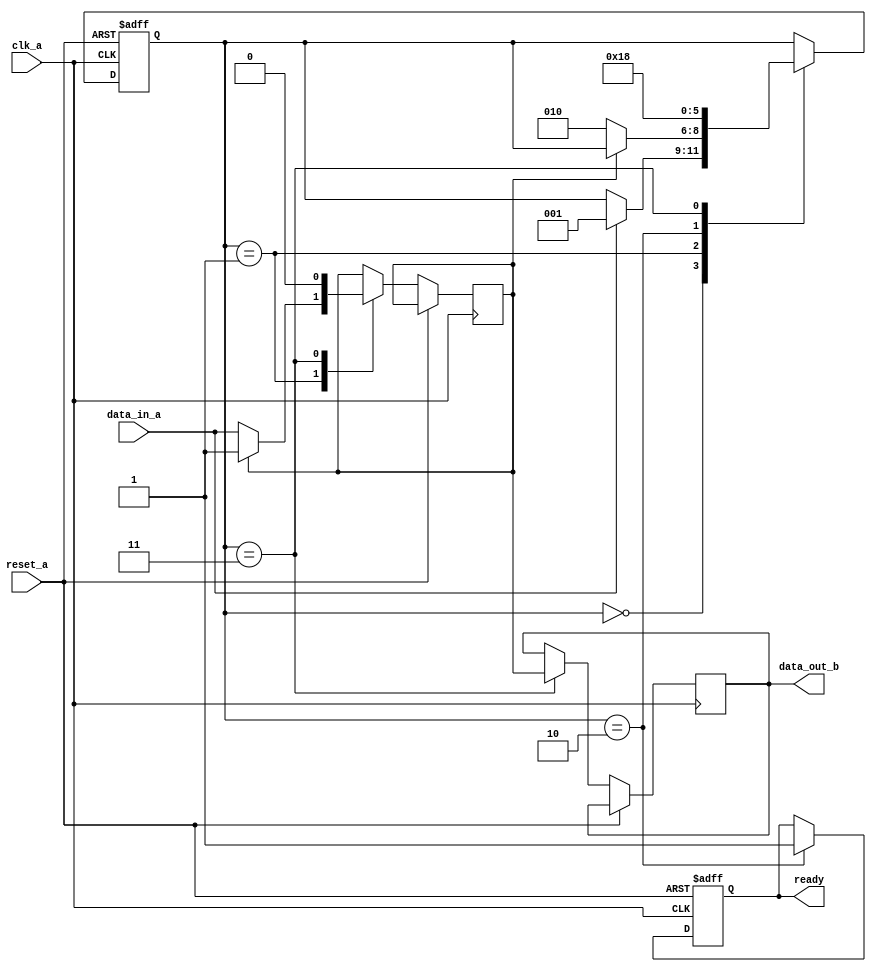
module Synchronizer (
    input wire clk_a, // Clock input for domain A
    input wire reset_a, // Reset input for domain A
    input wire data_in_a, // Data input from domain A
    output reg data_out_b, // Synchronized data output to domain B
    output reg ready // Handshake signal to indicate data transfer readiness
);

reg [2:0] state; // State variable for synchronization logic
reg synced_data; // Synchronized data signal

always @ (posedge clk_a or posedge reset_a) begin
    if (reset_a) begin
        state <= 3'b000; // Reset state to initial value
        ready <= 0; // Set ready signal low
    end else begin
        case (state)
            3'b000: begin // Idle state
                if (data_in_a) begin
                    state <= 3'b001; // Move to next state
                end
            end
            3'b001: begin // Syncing state
                if (!synced_data) begin
                    synced_data <= data_in_a; // Synchronize data
                    state <= 3'b010; // Move to next state
                end
            end
            3'b010: begin // Transfer ready state
                ready <= 1; // Set ready signal high
                state <= 3'b011; // Move to next state
            end
            3'b011: begin // Data transfer state
                data_out_b <= synced_data; // Output synchronized data
                state <= 3'b000; // Reset state for next transfer
                synced_data <= 0; // Reset synchronized data
            end
        endcase
    end
end

endmodule